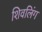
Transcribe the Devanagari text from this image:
शिवलिंंग